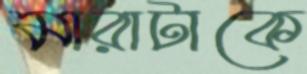
মারাটাকে